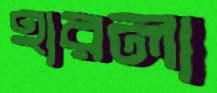
হারলা